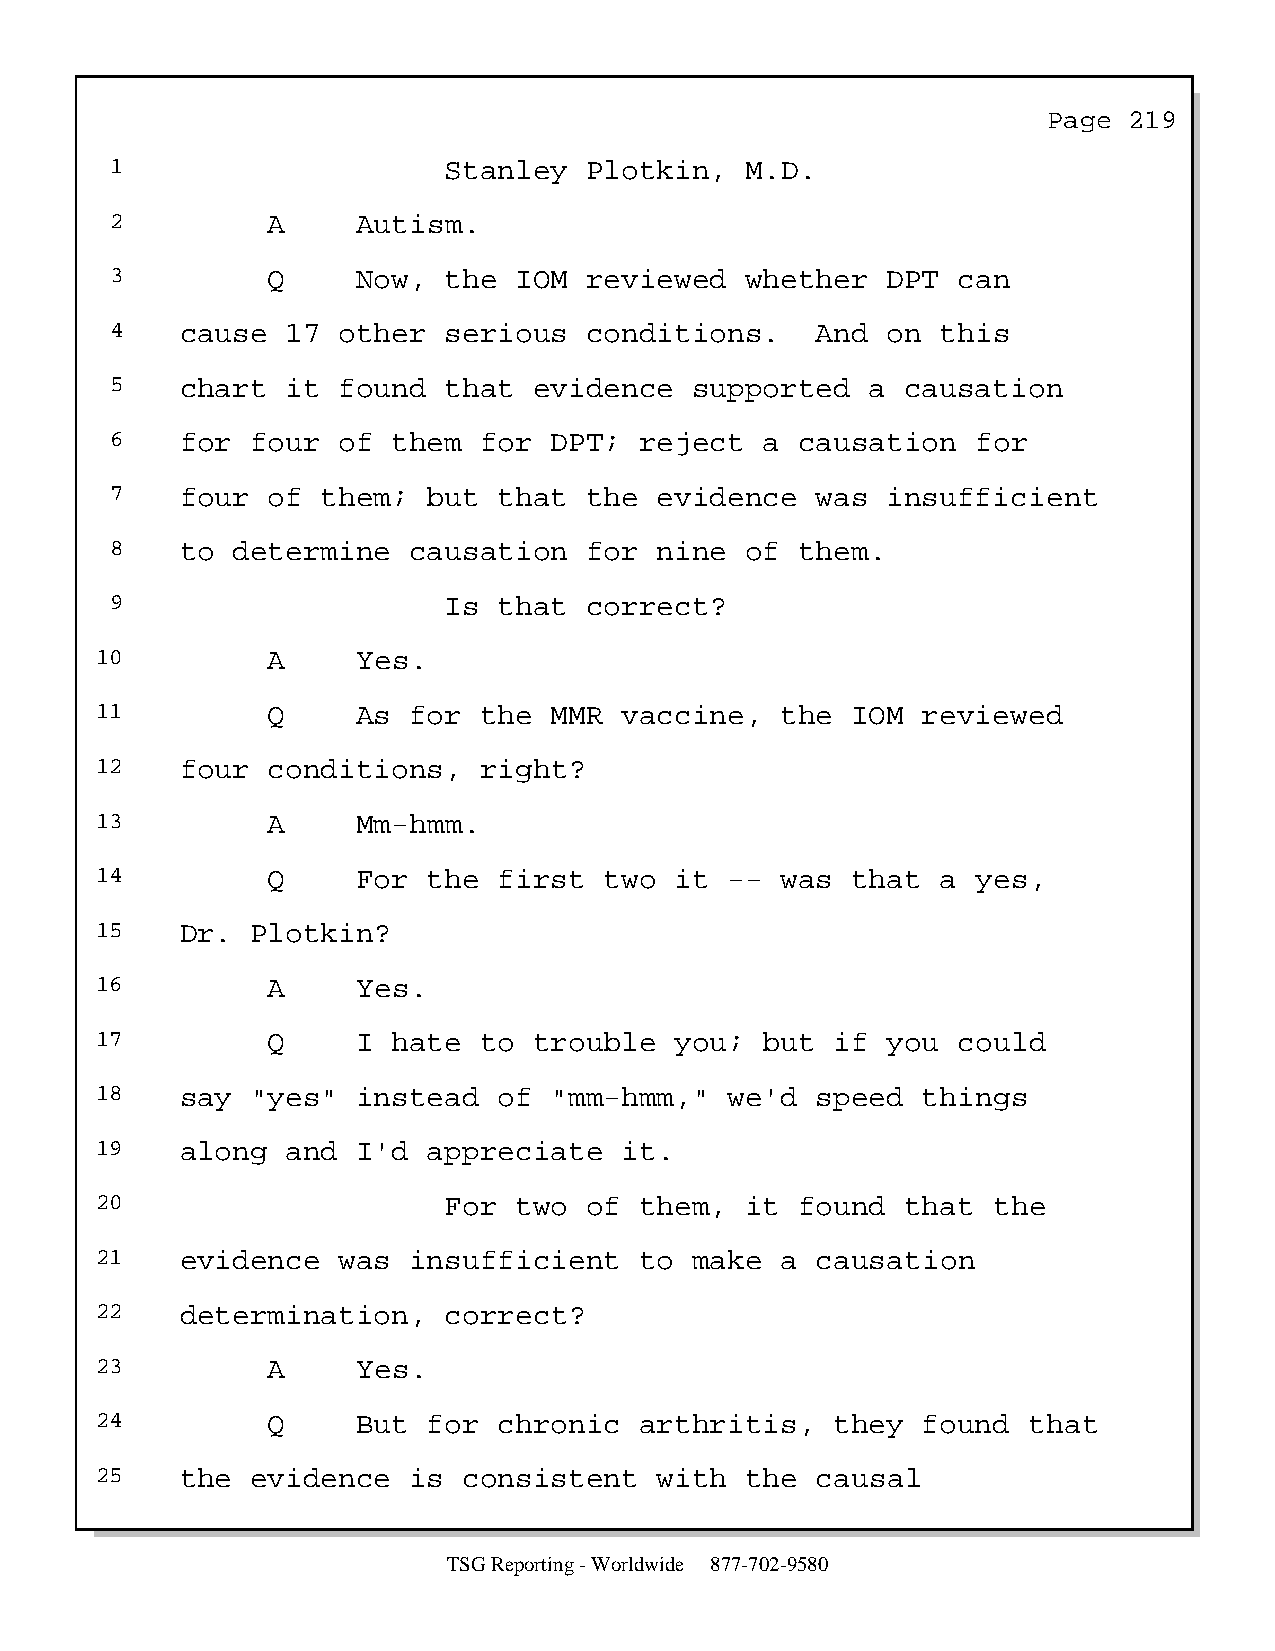
Page  219
 1                     Stanley   Plotkin,  M.D.
 2          A     Autism.
 3          Q     Now, the  IOM  reviewed  whether   DPT can
 4    cause  17 other  serious   conditions.    And  on this
 5    chart  it found  that  evidence   supported   a causation
 6    for  four of  them  for DPT;  reject   a causation   for
 7    four  of them;  but  that  the  evidence  was  insufficient
 8    to determine   causation   for  nine of  them.
 9                     Is  that  correct?
 10          A     Yes.
 11          Q     As for  the MMR  vaccine,   the IOM  reviewed
 12    four  conditions,   right?
 13          A     Mm-hmm.
 14          Q     For the  first  two  it --  was that  a  yes,
 15    Dr.  Plotkin?
 16          A     Yes.
 17          Q     I hate  to trouble   you;  but if  you could
 18    say  "yes"  instead  of "mm-hmm,"   we'd  speed  things
 19    along  and  I'd appreciate   it.
 20                     For  two  of them,  it  found  that  the
 21    evidence  was  insufficient   to  make  a causation
 22    determination,   correct?
 23          A     Yes.
 24          Q     But for  chronic  arthritis,   they  found  that
 25    the  evidence  is  consistent   with the  causal
 TSG Reporting - Worldwide 877-702-9580